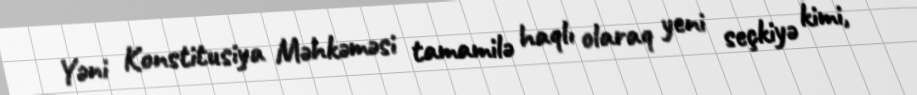
Yəni Konstitusiya Məhkəməsi tamamilə haqlı olaraq yeni seçkiyə kimi,